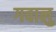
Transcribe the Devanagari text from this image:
गवालु